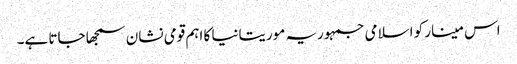
اس مینار کو اسلامی جمہوریہ موریتانیا کا اہم قومی نشان سمجھا جاتا ہے۔